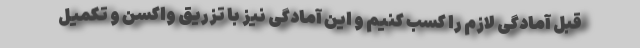
قبل آمادگی لازم را کسب کنیم و این آمادگی نیز با تزریق واکسن و تکمیل